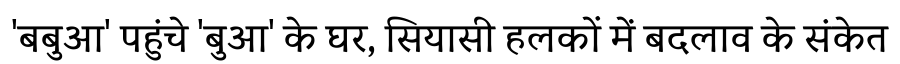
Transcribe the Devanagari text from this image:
'बबुआ' पहुंचे 'बुआ' के घर, सियासी हलकों में बदलाव के संकेत